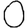
Digit: 0